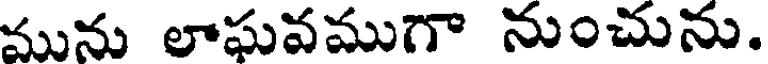
మును లాఘవముగా నుంచును.